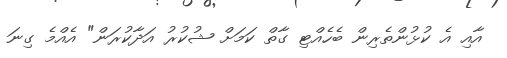
އާއި އެ ކުޅުންތެރިން ބެހެއްޓި ގާތް ކަމަށް ޝުކުރު އަދާކުރަން" އެއްމެ ގިނަ